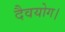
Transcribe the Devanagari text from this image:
दैवयोग।